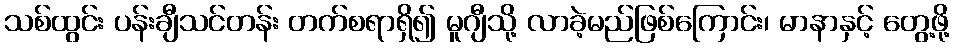
သစ်ထွင်း ပန်းချီသင်တန်း တက်စရာရှိ၍ မူဂျီသို့ လာခဲ့မည်ဖြစ်ကြောင်း၊ မာနာနှင့် တွေ့ဖို့